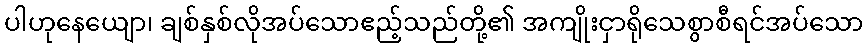
ပါဟုနေယျော၊ ချစ်နှစ်လိုအပ်သောဧည့်သည်တို့၏ အကျိုးငှာရိုသေစွာစီရင်အပ်သော